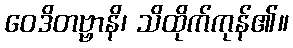
ဝေဒိတဗ္ဗာနိ၊ သိထိုက်ကုန်၏။